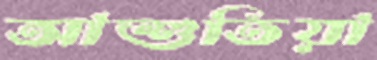
আশুতিয়া